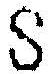
S